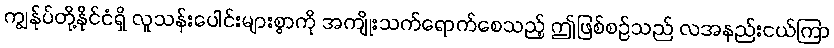
ကျွန်ုပ်တို့နိုင်ငံရှိ လူသန်းပေါင်းများစွာကို အကျိုးသက်ရောက်စေသည့် ဤဖြစ်စဉ်သည် လအနည်းငယ်ကြာ